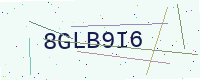
Text: 8GLB9I6